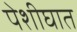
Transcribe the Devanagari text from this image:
पेशीघात